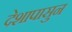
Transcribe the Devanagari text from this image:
देशापासुन